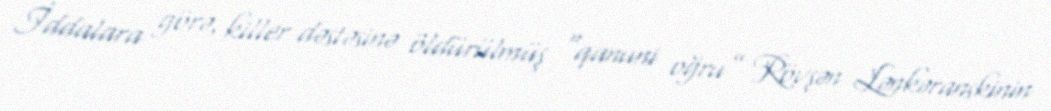
İddalara görə, killer dəstəsinə öldürülmüş “qanuni oğru” Rövşən Lənkəranskinin